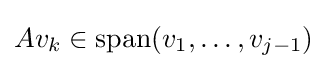
Av_{k}\in \operatorname {span} (v_{1},\ldots ,v_{j-1})